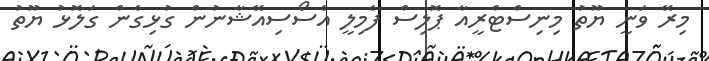
މިރޭ ވަނީ ޔޫތު މިނިސްޓްރީއާ ޕޮލިސް ފެމިލީ އެސޯސިއޭޝާނުން ގުޅިގެން ގަލޮޅު ޔޫތު